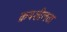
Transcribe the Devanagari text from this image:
क्रयशीलता